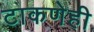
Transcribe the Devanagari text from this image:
टाकणेही